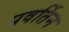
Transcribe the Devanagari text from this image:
प्रवर्तिन